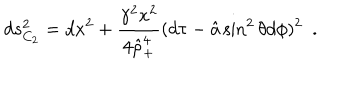
LaTeX: d s _ { C _ { 2 } } ^ { 2 } = d x ^ { 2 } + { \frac { \gamma ^ { 2 } x ^ { 2 } } { 4 \hat { \rho } _ { + } ^ { 4 } } } ( d \tau - \hat { a } \sin ^ { 2 } \theta d \phi ) ^ { 2 } ~ ~ .